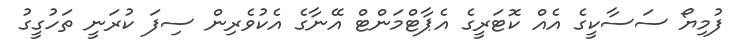
ފުމިޔޯ ސަސާކީގެ އެއް ކޮޓަރީގެ އެޕާޓްމަންޓް އޭނާގެ އެކުވެރިން ސިފަ ކުރަނީ ތަހުގީގު